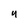
Character: Y